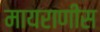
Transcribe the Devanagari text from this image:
मायराणीस